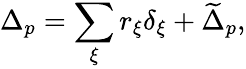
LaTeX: \Delta_{p}=\sum_{\xi}r_{\xi}\delta_{\xi}+\widetilde\Delta_{p},